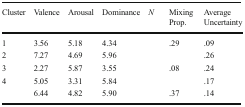
<table><thead><tr><td><b>Cluster</b></td><td><b>Valence</b></td><td><b>Arousal</b></td><td><b>Dominance</b></td><td><b><i>N</i></b></td><td><b>Mixing Prop.</b></td><td><b>Average Uncertainty</b></td></tr></thead><tbody><tr><td>1</td><td>3.56</td><td>5.18</td><td>4.34</td><td>[EMPTY_CELL]</td><td>.29</td><td>.09</td></tr><tr><td>2</td><td>7.27</td><td>4.69</td><td>5.96</td><td>[EMPTY_CELL]</td><td>[EMPTY_CELL]</td><td>.26</td></tr><tr><td>3</td><td>2.27</td><td>5.87</td><td>3.55</td><td>[EMPTY_CELL]</td><td>.08</td><td>.24</td></tr><tr><td>4</td><td>5.05</td><td>3.31</td><td>5.84</td><td>[EMPTY_CELL]</td><td>[EMPTY_CELL]</td><td>.17</td></tr><tr><td>[EMPTY_CELL]</td><td>6.44</td><td>4.82</td><td>5.90</td><td>[EMPTY_CELL]</td><td>.37</td><td>.14</td></tr></tbody></table>